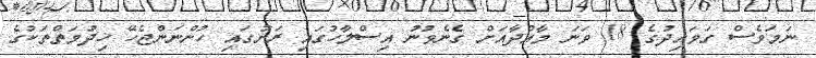
ނަމަވެސް ގަވައިދުގެ 18 ވަނަ މާއްދާއަށް ގެނެވުނު އިސްލާހުގައި ރަށުގައި ހުންނަންޖެހޭ ޚިދުމަތްތަކުގެ